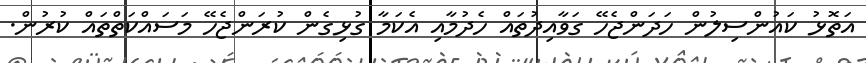
އަތޮޅު ކައުންސިލުން ހަދަންޖެހޭ ގަވާއިދުތައް ހެދުމާއި އެކަމާ ގުޅިގެން ކުރަންޖެހޭ މަސައްކަތްތައް ކުރުން.